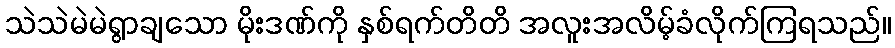
သဲသဲမဲမဲရွာချသော မိုးဒဏ်ကို နှစ်ရက်တိတိ အလူးအလိမ့်ခံလိုက်ကြရသည်။